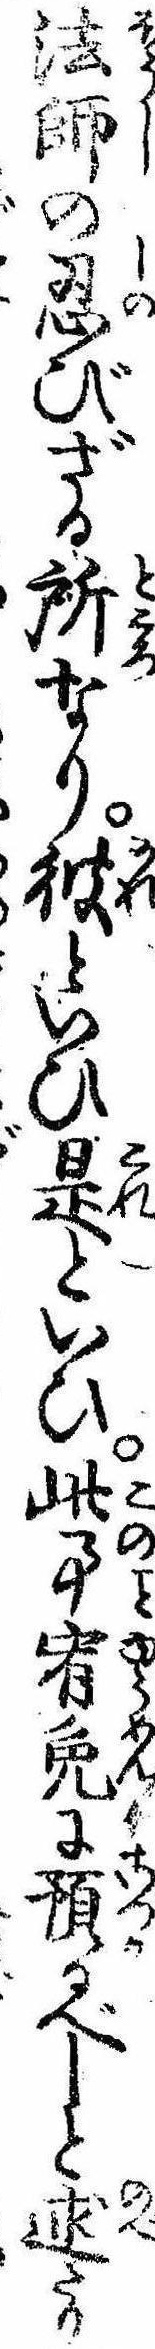
法師の忍びざる所なり彼といひ是といひ此事宥免に預るべしと述たり